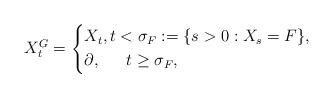
LaTeX: \begin{align*}X^G_t=\left\lbrace\begin{aligned}& X_t,t<\sigma_F:=\{s>0: X_s=F\}, \\& \partial, \quad\;\; t\geq \sigma_F,\end{aligned}\right. \end{align*}